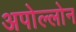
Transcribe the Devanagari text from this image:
अपोल्लोन